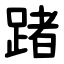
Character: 踷